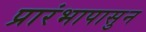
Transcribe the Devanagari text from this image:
प्रारंभापासुन